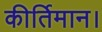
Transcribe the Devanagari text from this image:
कीर्तिमान।